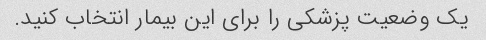
یک وضعیت پزشکی را برای این بیمار انتخاب کنید.